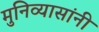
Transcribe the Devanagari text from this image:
मुनिव्यासांनी